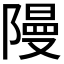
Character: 𮥝